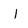
Character: I